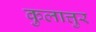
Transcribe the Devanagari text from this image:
कुलात्तुर